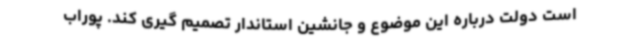
است دولت درباره این موضوع و جانشین استاندار تصمیم گیری کند. پوراب